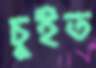
চুইত